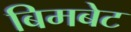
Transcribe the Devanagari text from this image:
बिमबेट